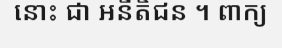
នោះ ជា អនីតិជន ។ ពាក្យ